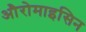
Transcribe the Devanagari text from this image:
औरोमाइसिन